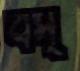
বস্